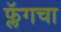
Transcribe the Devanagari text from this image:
फ्लॅगचा